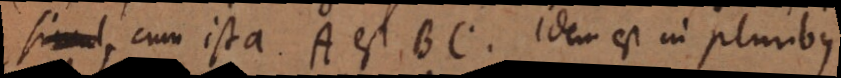
, cum ista A est BC. Idem est in pluribus.